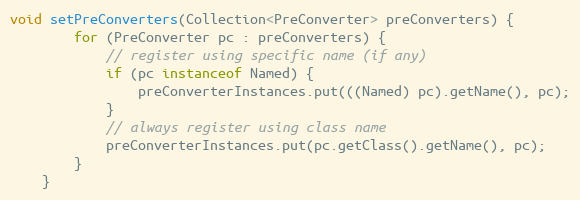
Language: Java
void setPreConverters(Collection<PreConverter> preConverters) {
        for (PreConverter pc : preConverters) {
            // register using specific name (if any)
            if (pc instanceof Named) {
                preConverterInstances.put(((Named) pc).getName(), pc);
            }
            // always register using class name
            preConverterInstances.put(pc.getClass().getName(), pc);
        }
    }